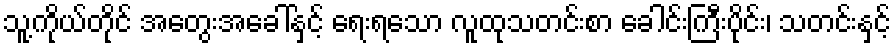
သူ့ကိုယ်တိုင် အတွေးအခေါ်နှင့် ရေးရသော လူထုသတင်းစာ ခေါင်းကြီးပိုင်း၊ သတင်းနှင့်